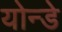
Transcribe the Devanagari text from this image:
योन्डे